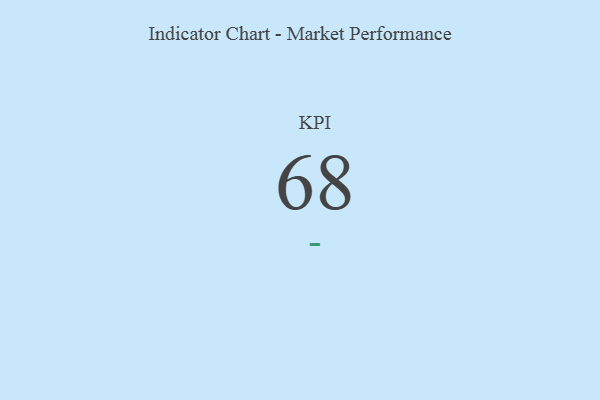
{"axis": {"x": "KPI", "y": "Value"}, "legend": [""], "data": [{"x": "KPI", "y": 68, "type": ""}]}